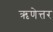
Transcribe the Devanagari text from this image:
ऋणेत्तर